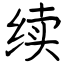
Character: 续